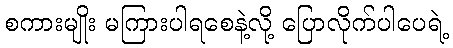
စကားမျိုး မကြားပါရစေနဲ့လို့ ပြောလိုက်ပါပေရဲ့